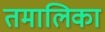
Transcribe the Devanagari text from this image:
तमालिका